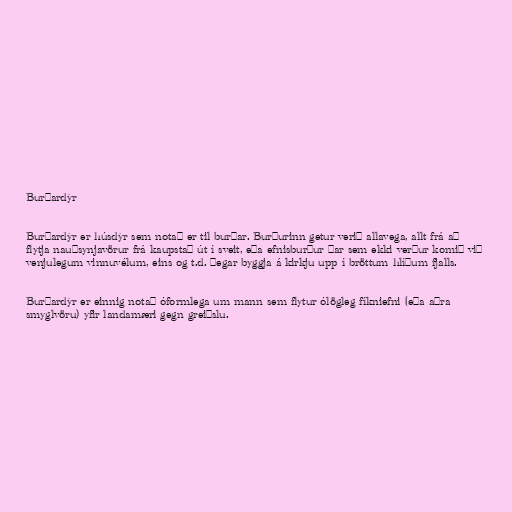
Burðardýr

Burðardýr er húsdýr sem notað er til burðar. Burðurinn getur verið allavega, allt frá að
flytja nauðsynjavörur frá kaupstað út í sveit, eða efnisburður þar sem ekki verður komið við
venjulegum vinnuvélum, eins og t.d. þegar byggja á kirkju upp í bröttum hlíðum fjalls.

Burðardýr er einnig notað óformlega um mann sem flytur ólögleg fíkniefni (eða aðra
smyglvöru) yfir landamæri gegn greiðslu.